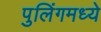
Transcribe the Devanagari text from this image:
पुलिंगमध्ये